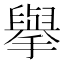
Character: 擧